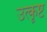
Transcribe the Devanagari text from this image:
उत्कॄष्ट